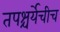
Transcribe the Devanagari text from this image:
तपश्चर्येचीच